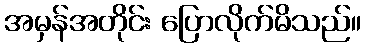
အမှန်အတိုင်း ပြောလိုက်မိသည်။